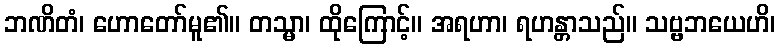
ဘဏိတံ၊ ဟောတော်မူ၏။ တသ္မာ၊ ထိုကြောင့်။ အရဟာ၊ ရဟန္တာသည်။ သဗ္ဗဘယေဟိ၊